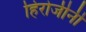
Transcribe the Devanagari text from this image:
हिरोजीनी